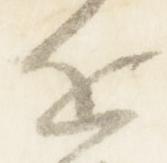
近